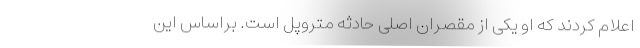
اعلام کردند که او یکی از مقصران اصلی حادثه متروپل است. براساس این